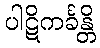
ပါဋိကင်္ခန္တိ